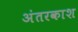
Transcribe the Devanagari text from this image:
अंतरकाश